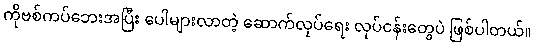
ကိုဗစ်ကပ်ဘေးအပြီး ပေါများလာတဲ့ ဆောက်လုပ်ရေး လုပ်ငန်းတွေပဲ ဖြစ်ပါတယ်။